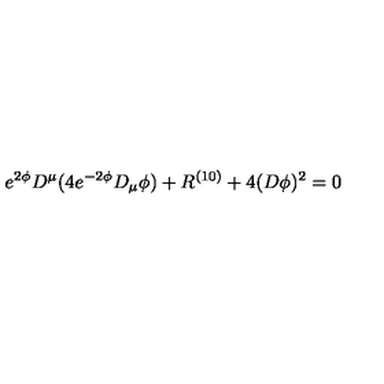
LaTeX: e ^ { 2 \phi } D ^ { \mu } ( 4 e ^ { - 2 \phi } D _ { \mu } \phi ) + R ^ { ( 1 0 ) } + 4 ( D \phi ) ^ { 2 } = 0